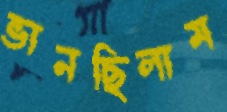
ভানছিলাম